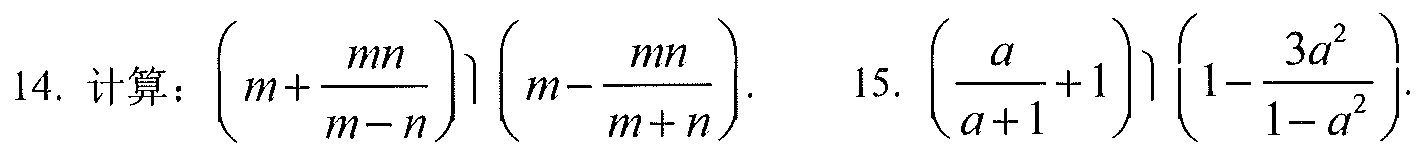
14. 计算：\(\left(m + \dfrac{mn}{m - n}\right)\left(m - \dfrac{mn}{m + n}\right)\).  15. \(\left(\dfrac{a}{a + 1} + 1\right)\left(1 - \dfrac{3a^{2}}{1 - a^{2}}\right)\).